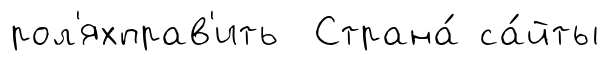
рол'яхправ'ить Страна́ са́йты